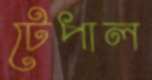
টেপাল